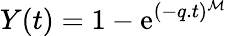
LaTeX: Y(t)=1-\mathrm{e}^{(-q.t)^{\mathcal{M}}}